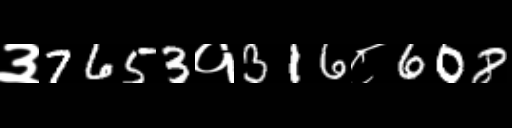
Text: ३7653१316८608